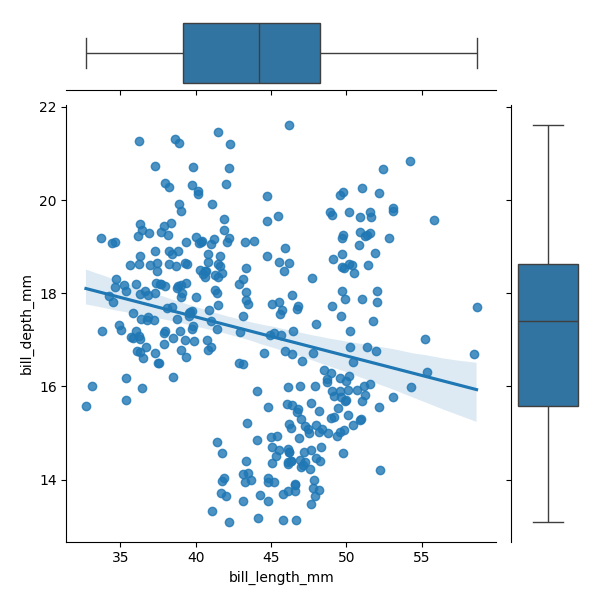
python, seaborn, JointGrid, regplot, boxplot